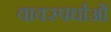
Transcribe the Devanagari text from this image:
वाक्स्पर्धाओं